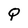
Character: Q